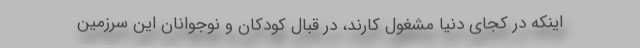
اینکه در کجای دنیا مشغول کارند، در قبال کودکان و نوجوانان این سرزمین